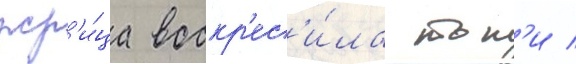
жр'и́ца воскр'ес'и́ла тон'и /